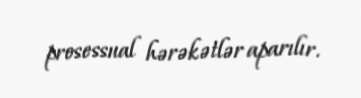
prosessual hərəkətlər aparılır.